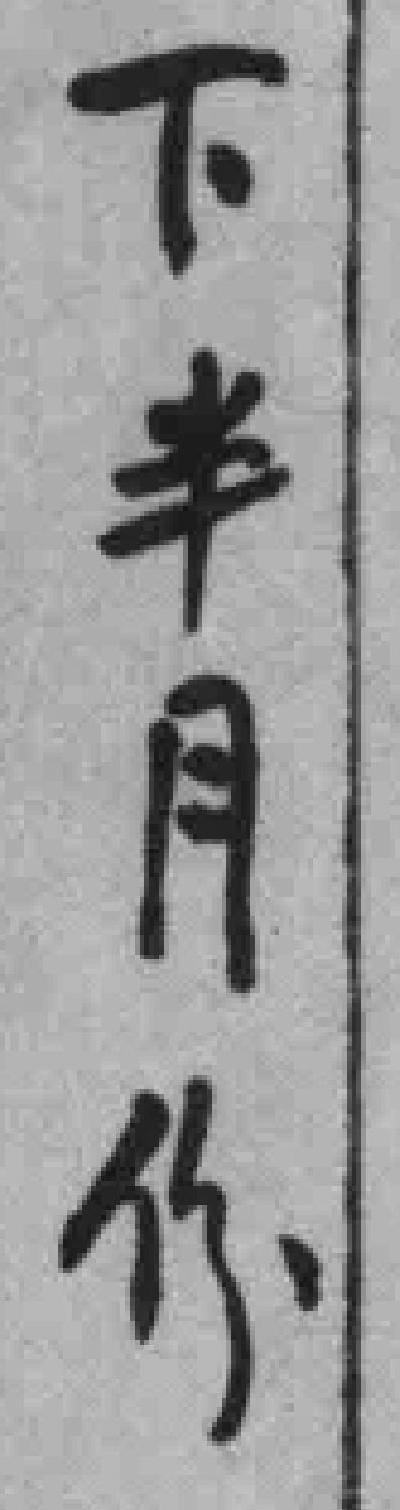
下半月份